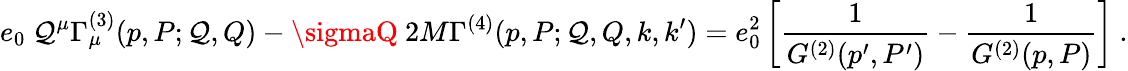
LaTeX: e_{0}\ \mathcal{Q}^{\mu}\Gamma_{\mu}^{(3)}(p,P;\mathcal{Q},Q)-\sigmaQ\ 2M\Gamma^{(4)}(p,P;\mathcal{Q},Q,k,k^{\prime})=e_{0}^{2}\left[\frac{{1}}{{G^{(2)}(p^{\prime},P^{\prime})}}-\frac{{1}}{{G^{(2)}(p,P)}}\right]\ .